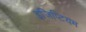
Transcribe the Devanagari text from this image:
इजिप्टियम